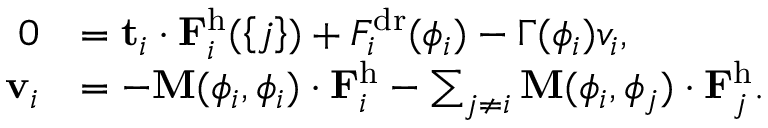
\begin{array} { r l } { 0 } & { = \mathbf { t } _ { i } \cdot \mathbf { F } _ { i } ^ { \mathrm { h } } ( \left\{ j \right\} ) + F _ { i } ^ { \mathrm { d r } } ( \phi _ { i } ) - \Gamma ( \phi _ { i } ) v _ { i } , } \\ { \mathbf { v } _ { i } } & { = - \mathbf { M } ( \phi _ { i } , \phi _ { i } ) \cdot \mathbf { F } _ { i } ^ { \mathrm { h } } - \sum _ { j \ne i } \mathbf { M } ( \phi _ { i } , \phi _ { j } ) \cdot \mathbf { F } _ { j } ^ { \mathrm { h } } . } \end{array}